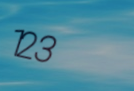
123